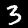
Label: 3